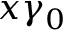
x \gamma _ { 0 }